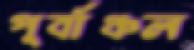
পূর্বাঞ্চল